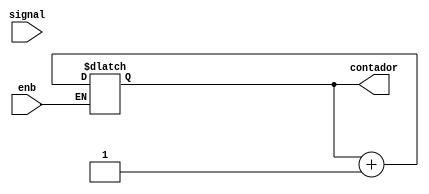
module potencia(output reg [31:0] contador, input wire enb,input wire signal);
initial
    begin
        contador=32'b0;
    end
always @(signal)
begin
    if(enb==1)
        contador=contador+1;
end
endmodule